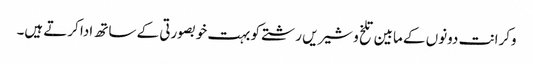
وکرانت دونوں کے مابین تلخ و شیریں رشتے کو بہت خوبصورتی کے ساتھ ادا کرتے ہیں۔